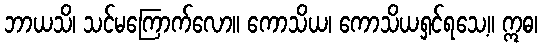
ဘာယသိ၊ သင်မကြောက်လော။ ကောသိယ၊ ကောသိယရှင်ရသေ့။ ဣဓ၊